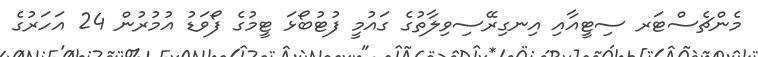
މެންޗެސްޓަރ ސިޓީއާއި އިނގިރޭސިވިލާތުގެ ގައުމީ ފުޓުބޯޅަ ޓީމުގެ ފޯވަޑު އުމުރުން 24 އަހަރުގެ